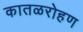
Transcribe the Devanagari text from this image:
कातळरोहण